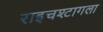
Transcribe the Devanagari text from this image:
राइचश्टागला